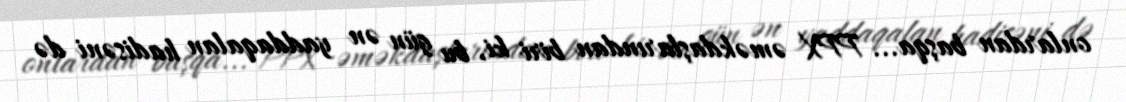
onlardan başqa... PPX əməkdaşlarından biri ki, bu gün ən yaddaqalan hadisəni də